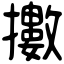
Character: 擻